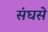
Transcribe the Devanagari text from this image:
संघसे